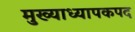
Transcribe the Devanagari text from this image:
मुख्याध्यापकपद